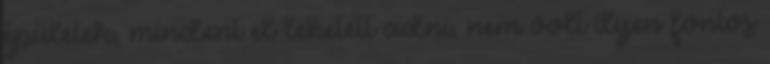
épületek, mindent el lehetett adni, nem volt ilyen fontos